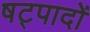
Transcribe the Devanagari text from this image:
षट्पादों